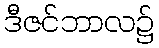
ဒီဇင်ဘာလ၌